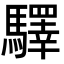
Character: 驛